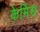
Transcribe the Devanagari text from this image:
केमिंस